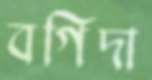
বগিদা